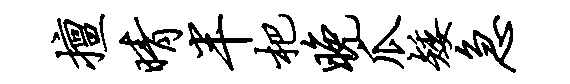
擅晴半杷晚瓜矮急